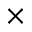
\times